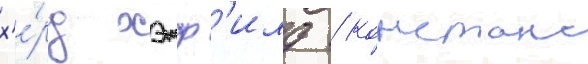
х'е́рд хэтф'илд / констанс